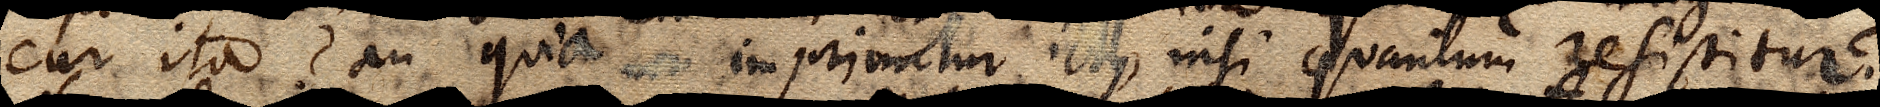
Cur ita? an quia xx non imprimitur ictus, nisi quantum resistitur?